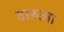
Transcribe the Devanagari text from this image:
बारुआ